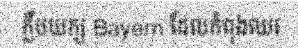
ក្លឹបយក្ស Bayern ដែលកំពុងឈរ